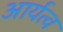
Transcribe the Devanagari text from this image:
आर्यत्व